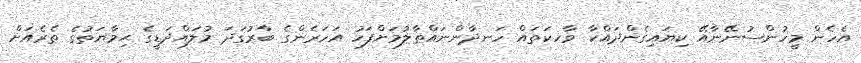
އެހެން މީހުންސުނޭނާއޭ ކިޔައިގެންދައްކާ ވާހކަތައް ހަނދާންނައްތާލުމަށްފަހު އަހަރެންގެ ބާރުގަދަ މުލައްދަޑީގެ ޙިމާޔަތުގެ ތެރެއަށް